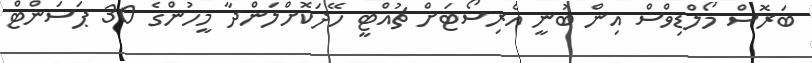
ބަރޮސް މޯލްޑިވްސް އިން ބުނީ އެރިސޯޓަށް ޗުއްޓީ ހޭދަކޮށްލަންދާ މީހުންގެ 30 ޕަސަންޓް